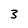
Character: 3